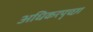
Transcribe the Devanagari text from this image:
अधिकरपृच्छा